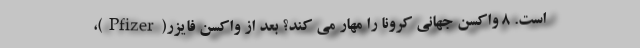
است. 8 واکسن جهانی کرونا را مهار می کند؟ بعد از واکسن فایزر(Pfizer)،